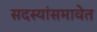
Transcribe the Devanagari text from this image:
सदस्यांसमावेत